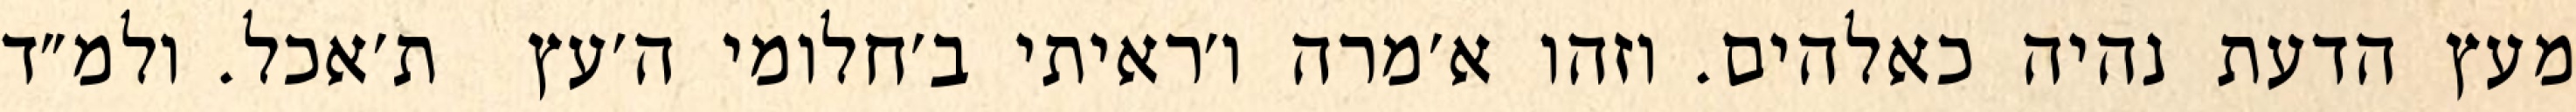
מעץ הדעת נהיה כאלהים. וזהו א׳מרה ו׳ראיתי ב׳חלומי ה׳עץ  ת׳אכל. ולמ״ד